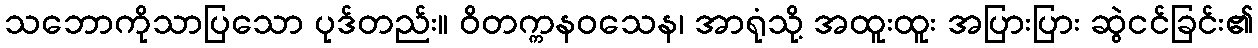
သဘောကိုသာပြသော ပုဒ်တည်း။ ဝိတက္ကနဝသေန၊ အာရုံသို့ အထူးထူး အပြားပြား ဆွဲငင်ခြင်း၏